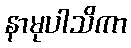
နာမုပါသိကာ